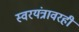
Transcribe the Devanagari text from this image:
स्वरयंत्रावरही